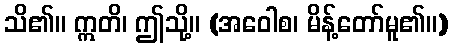
သိ၏။ ဣတိ၊ ဤသို့။ (အဝေါစ၊ မိန့်တော်မူ၏။)